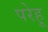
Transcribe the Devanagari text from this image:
परेहू